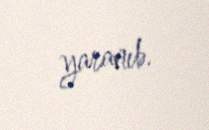
yaranıb.